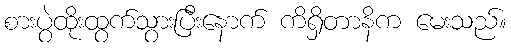
စားပွဲထိုးထွက်သွားပြီးနောက် ကိရှိတာနိက မေးသည်။